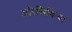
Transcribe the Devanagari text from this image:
अरिजिकिया